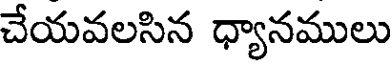
చేయవలసిన ధ్యానములు